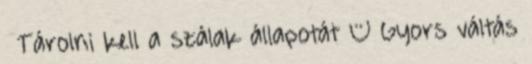
● Tárolni kell a szálak állapotát – Gyors váltás